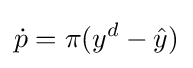
{\dot {p}}=\pi (y^{d}-{\hat {y}})